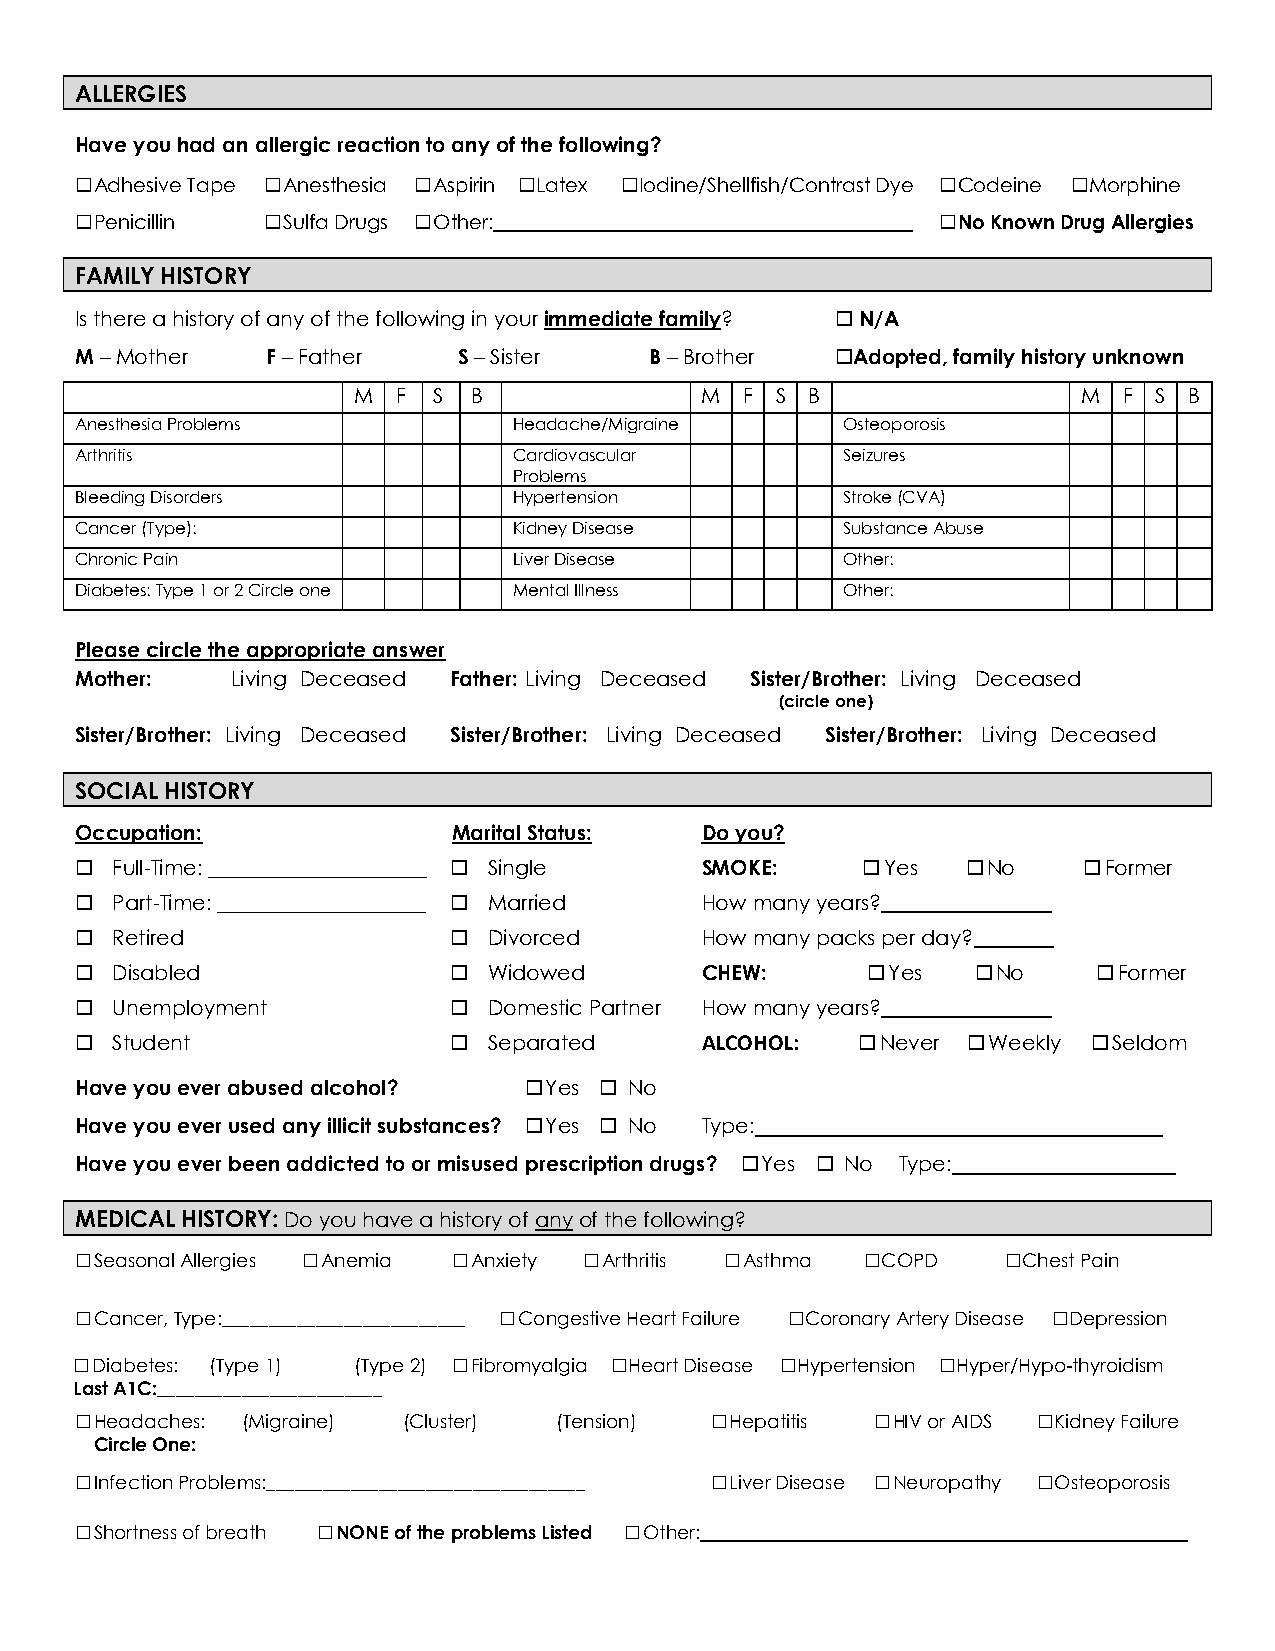
ALLERGIES
 Have you had an allergic reaction to any of the following?
  Adhesive Tape  Anesthesia  Aspirin  Latex  Iodine/Shellfish/Contrast Dye  Codeine  Morphine
  Penicillin  Sulfa Drugs  Other:       ____________________  No Known Drug Allergies
 FAMILY HISTORY
 Is there a history of any of the following in your immediate family?  N/A
 M – Mother   F – Father  S – Sister   B – Brother  Adopted, family history unknown
 M  F  S B              M  F S  B                 M F S  B
 Anesthesia Problems          Headache/Migraine     Osteoporosis
 Arthritis                    Cardiovascular        Seizures
 Problems
 Bleeding Disorders           Hypertension          Stroke (CVA)
 Cancer (Type):               Kidney Disease        Substance Abuse
 Chronic Pain                 Liver Disease         Other:
 Diabetes: Type 1 or 2 Circle one Mental Illness    Other:
 Please circle the appropriate answer
 Mother:   Living Deceased Father: Living Deceased Sister/Brother: Living Deceased
 (circle one)
 Sister/Brother: Living Deceased Sister/Brother: Living Deceased Sister/Brother: Living Deceased
 SOCIAL HISTORY
 Occupation:              Marital Status: Do you?
  Full-Time: _____________________  Single SMOKE:   Yes   No     Former
  Part-Time: ____________________  Married How many years? ____________
  Retired                 Divorced      How many packs per day? _____
  Disabled                Widowed       CHEW:       Yes    No     Former
  Unemployment            Domestic Partner How many years? ____________
  Student                 Separated     ALCOHOL:    Never  Weekly  Seldom
 Have you ever abused alcohol?  Yes  No
 Have you ever used any illicit substances?  Yes  No Type:            _
 Have you ever been addicted to or misused prescription drugs?  Yes  No Type: _____
 MEDICAL HISTORY: Do you have a history of any of the following?
  Seasonal Allergies  Anemia  Anxiety  Arthritis  Asthma  COPD  Chest Pain
  Cancer, Type:__________________________  Congestive Heart Failure  Coronary Artery Disease  Depression
  Diabetes: (Type 1) (Type 2)  Fibromyalgia  Heart Disease  Hypertension  Hyper/Hypo-thyroidism
 Last A1C:________________________
  Headaches: (Migraine) (Cluster) (Tension)  Hepatitis  HIV or AIDS  Kidney Failure
 Circle One:
  Infection Problems:__________________________________  Liver Disease  Neuropathy  Osteoporosis
  Shortness of breath  NONE of the problems Listed  Other:____________________________________________________